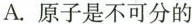
A.原子是不可分的